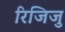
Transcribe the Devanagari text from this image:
रिजिजु